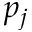
p _ { j }